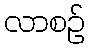
လာစဉ်